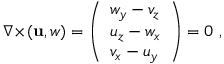
\nabla \! \times \! ( \mathbf { u } , w ) = \left( \begin{array} { l } { w _ { y } - v _ { z } } \\ { u _ { z } - w _ { x } } \\ { v _ { x } - u _ { y } } \end{array} \right) = 0 \ ,